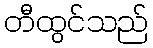
တီထွင်သည်